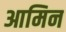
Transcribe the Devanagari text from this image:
आमिन